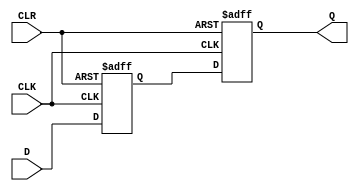
module d_ff_async_clear (
    input wire D,
    input wire CLK,
    input wire CLR,
    output reg Q
);

reg Q1, Q2;

always @(posedge CLK or posedge CLR) begin
    if (CLR) begin
        Q1 <= 1'b0;
    end else begin
        Q1 <= D;
    end
end

always @(posedge CLK or posedge CLR) begin
    if (CLR) begin
        Q2 <= 1'b0;
    end else begin
        Q2 <= Q1;
    end
end

assign Q = Q2;

endmodule